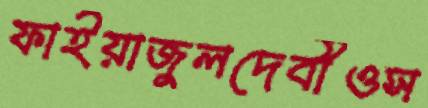
ফাইয়াজুলদেবীওস